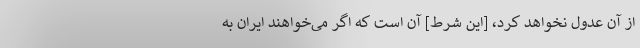
از آن عدول نخواهد کرد، [این شرط] آن است که اگر می‌خواهند ایران به